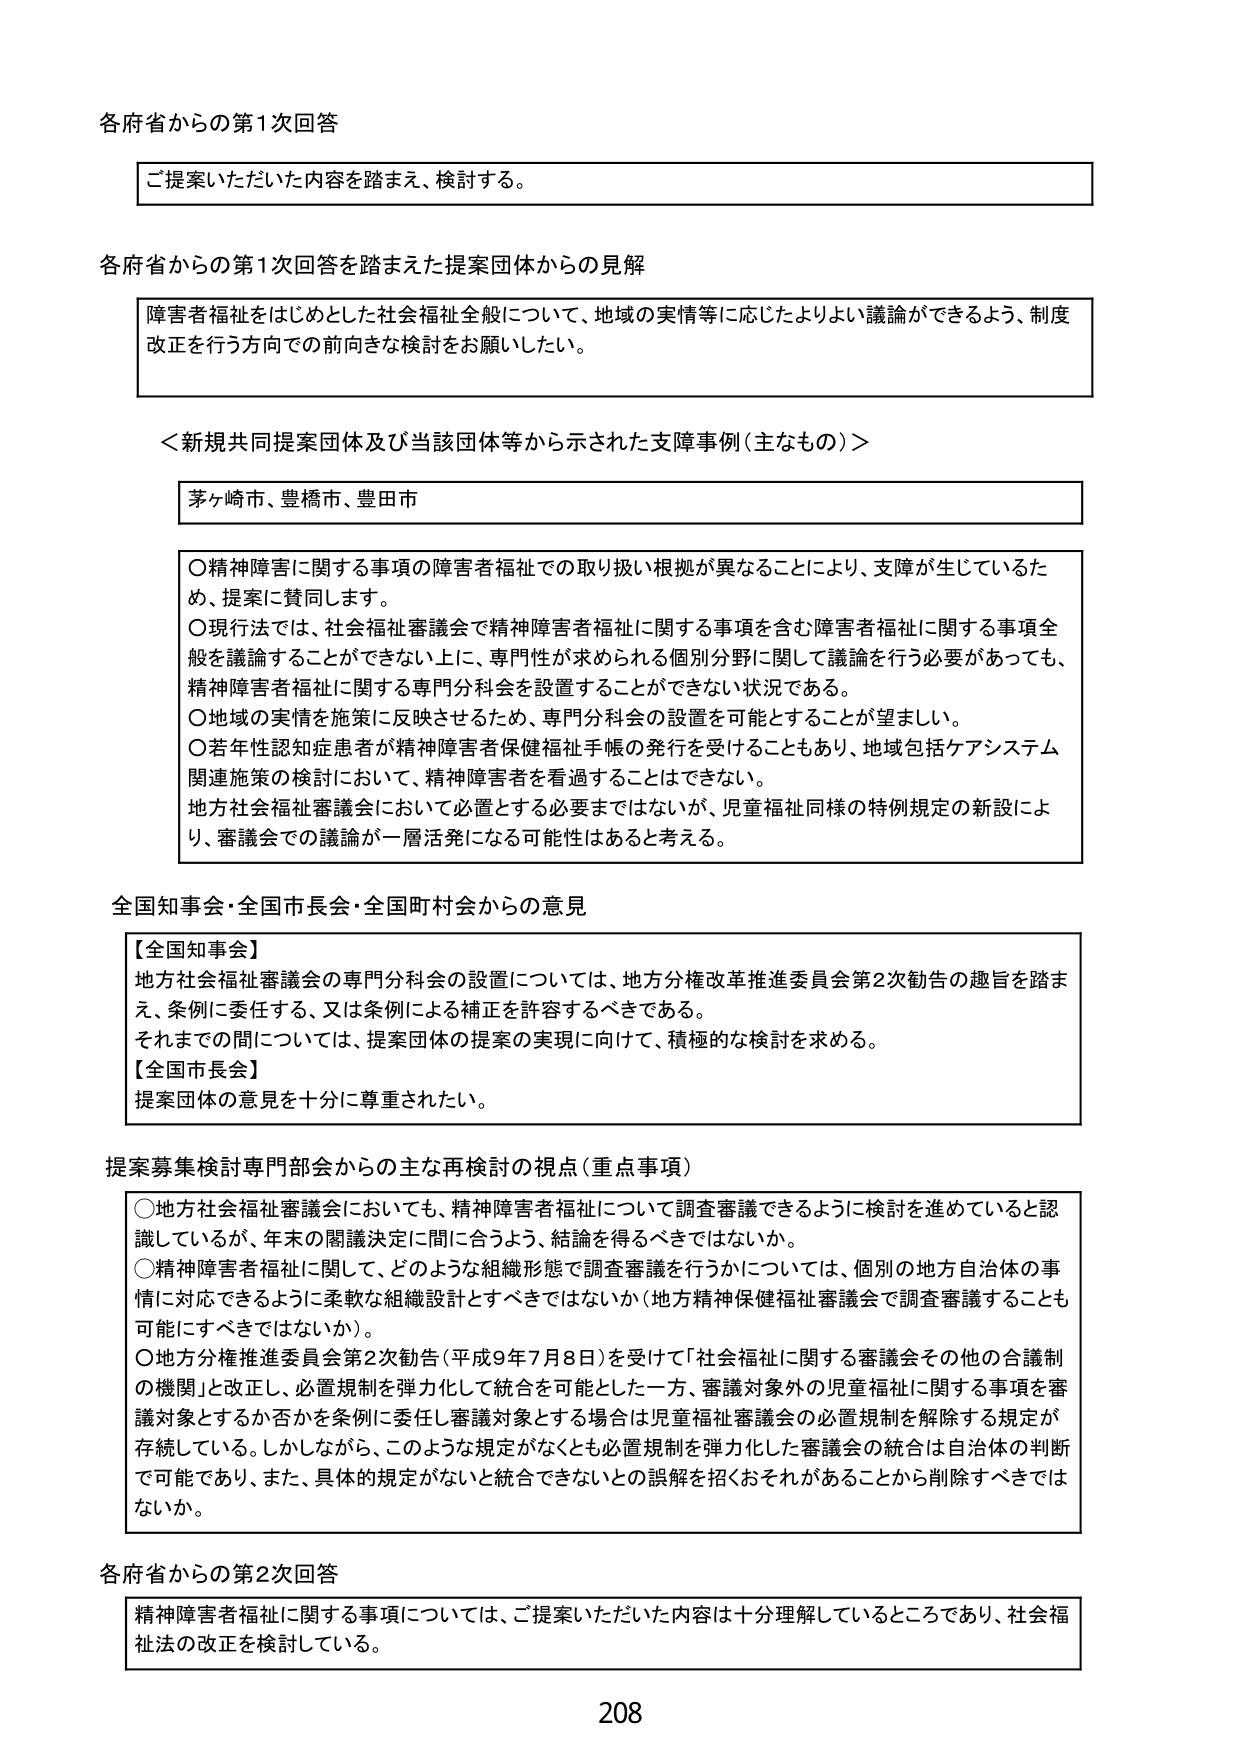
各府省からの第1次回答

ご提案いただいた内容を踏まえ、検討する。

各府省からの第1次回答を踏まえた提案団体からの見解

障害者福祉をはじめとした社会福祉全般について、地域の実情等に応じたよりよい議論ができるよう、制度改正を行う方向での前向きな検討をお願いしたい。

＜新規共同提案団体及び当該団体等から示された支障事例（主なもの）＞

茅ヶ崎市、豊橋市、豊田市

○精神障害に関する事項の障害者福祉での取り扱い根拠が異なることにより、支障が生じているため、提案に賛同します。
○現行法では、社会福祉審議会で精神障害者福祉に関する事項を含む障害者福祉に関する事項全般を議論することができない上に、専門性が求められる個別分野に関して議論を行う必要があっても、精神障害者福祉に関する専門分科会を設置することができない状況である。
○地域の実情を施策に反映させるため、専門分科会の設置を可能とすることが望ましい。
○若年性認知症患者が精神障害者保健福祉手帳の発行を受けることもあり、地域包括ケアシステム関連施策の検討において、精神障害者を看過することはできない。
地方社会福祉審議会において必置とする必要まではないが、児童福祉同様の特例規定の新設により、審議会での議論が一層活発になる可能性はあると考える。

全国知事会・全国市長会・全国町村会からの意見

【全国知事会】
地方社会福祉審議会の専門分科会の設置については、地方分権改革推進委員会第2次勧告の趣旨を踏まえ、条例に委任する、又は条例による補正を許容するべきである。
それまでの間については、提案団体の提案の実現に向けて、積極的な検討を求める。
【全国市長会】
提案団体の意見を十分に尊重されたい。

提案募集検討専門部会からの主な再検討の視点（重点事項）

○地方社会福祉審議会においても、精神障害者福祉について調査審議できるように検討を進めていると認識しているが、年末の関議決定に間に合うよう、結論を得るべきではないか。
○精神障害者福祉に関して、どのような組織形態で調査審議を行うかについては、個別の地方自治体の事情に対応できるように柔軟な組織設計とすべきではないか（地方精神保健福祉審議会で調査審議することも可能にすべきではないか）。
○地方分権推進委員会第2次勧告（平成9年7月8日）を受けて「社会福祉に関する審議会その他の合議制の機関」と改正し、必置規制を弾力化して統合を可能とした一方、審議対象外の児童福祉に関する事項を審議対象とするか否かを条例に委任し審議対象とする場合は児童福祉審議会の必置規制を解除する規定が存続している。しかしながら、このような規定がなくとも必置規制を弾力化した審議会の統合は自治体の判断で可能であり、また、具体的規定がないと統合できないとの誤解を招くおそれがあることから削除すべきではないか。

各府省からの第2次回答

精神障害者福祉に関する事項については、ご提案いただいた内容は十分理解しているところであり、社会福祉法の改正を検討している。

208